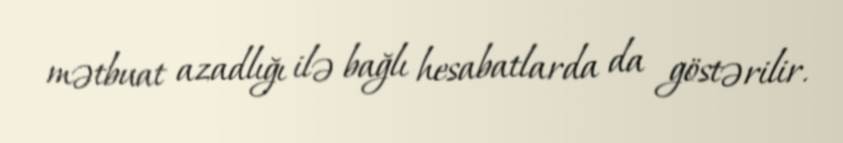
mətbuat azadlığı ilə bağlı hesabatlarda da göstərilir.